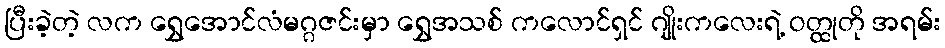
ပြီးခဲ့တဲ့ လက ရွှေအောင်လံမဂ္ဂဇင်းမှာ ရွှေအသစ် ကလောင်ရှင် ဂျိုးကလေးရဲ့ ဝတ္ထုတို အရမ်း